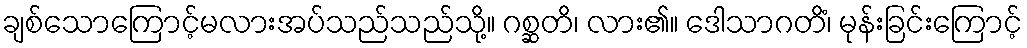
ချစ်သောကြောင့်မလားအပ်သည်သည်သို့။ ဂစ္ဆတိ၊ လား၏။ ဒေါသာဂတိံ၊ မုန်းခြင်းကြောင့်